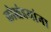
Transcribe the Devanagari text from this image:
लोखंडयांना